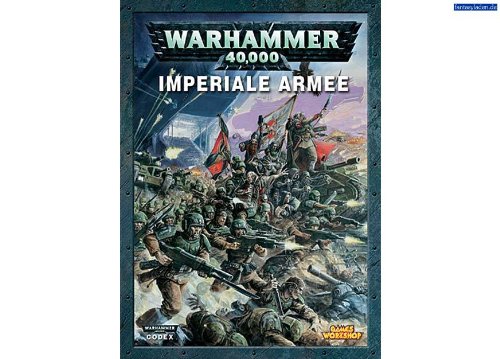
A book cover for Codex Imperial Guard; Robin Cruddace; Science Fiction & Fantasy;